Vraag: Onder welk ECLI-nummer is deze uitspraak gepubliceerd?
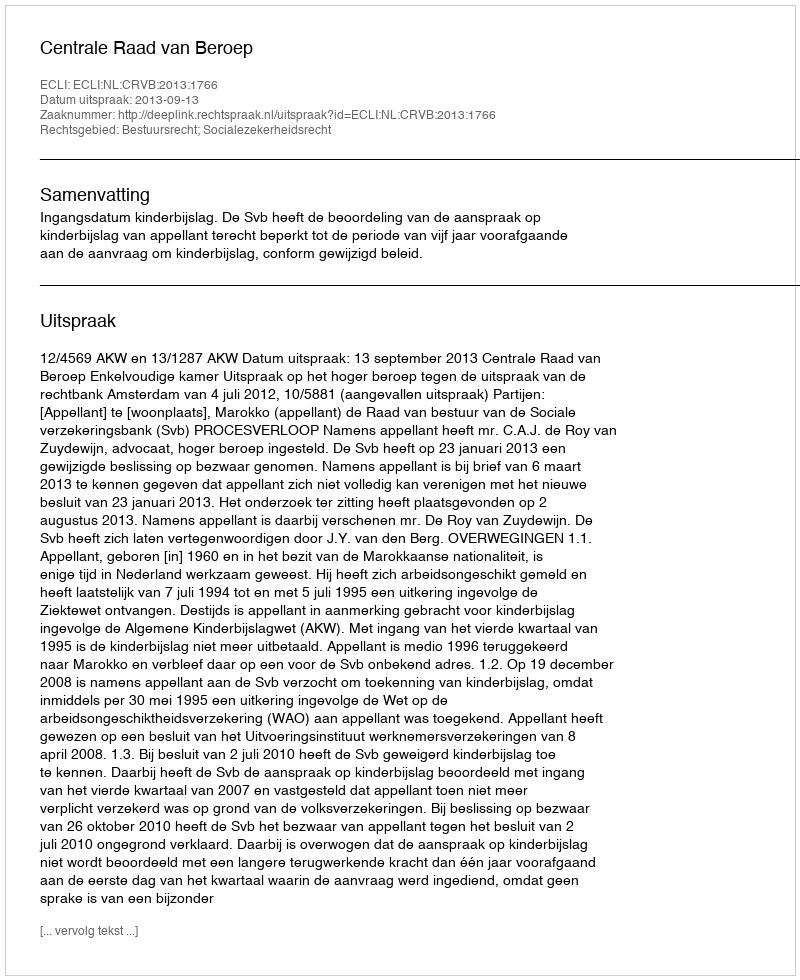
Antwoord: ECLI:NL:CRVB:2013:1766